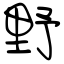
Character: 野